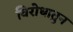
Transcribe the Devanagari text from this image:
विरोधातुन